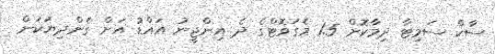
ސާކް ސަމިޓާ ދިމާކޮށް 1.5 މެގަވޮޓްގެ ދެ އިންޖީނު އައްޑު އަށް ގެންދިޔަކަން